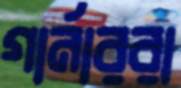
গার্নাররা